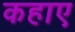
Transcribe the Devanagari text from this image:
कहाए